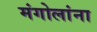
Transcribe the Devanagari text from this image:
मंगोलांना